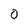
Character: O